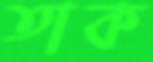
তাক